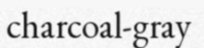
charcoal-gray